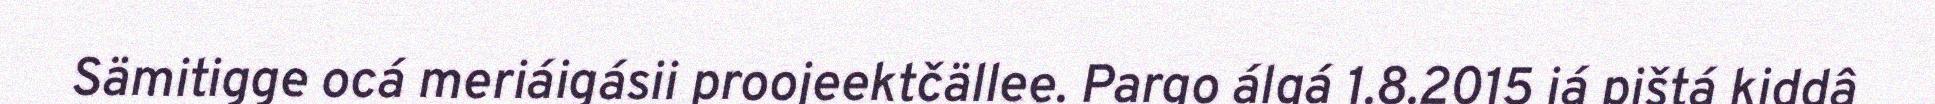
Sämitigge ocá meriáigásii proojeektčällee. Pargo álgá 1.8.2015 já pištá kiddâ